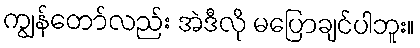
ကျွန်တော်လည်း အဲဒီလို မပြောချင်ပါဘူး။